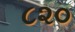
૮૨૦